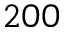
2 0 0